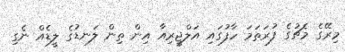
މިރޭގެ މެޗުގެ ފުރަތަމަ ހާފުގައި އަލްޖީރިއާ އިން ތިން ލަނޑުގެ ލީޑެއް ނެގި